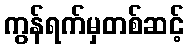
ကွန်ရက်မှတစ်ဆင့်